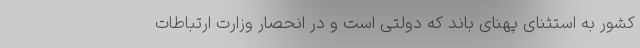
کشور به استثنای پهنای باند که دولتی است و در انحصار وزارت ارتباطات